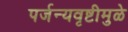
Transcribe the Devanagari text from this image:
पर्जन्यवृष्टीमुळे